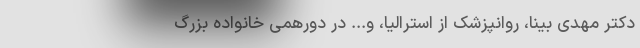
دکتر مهدی بینا، روانپزشک از استرالیا، و... در دورهمی خانواده بزرگ